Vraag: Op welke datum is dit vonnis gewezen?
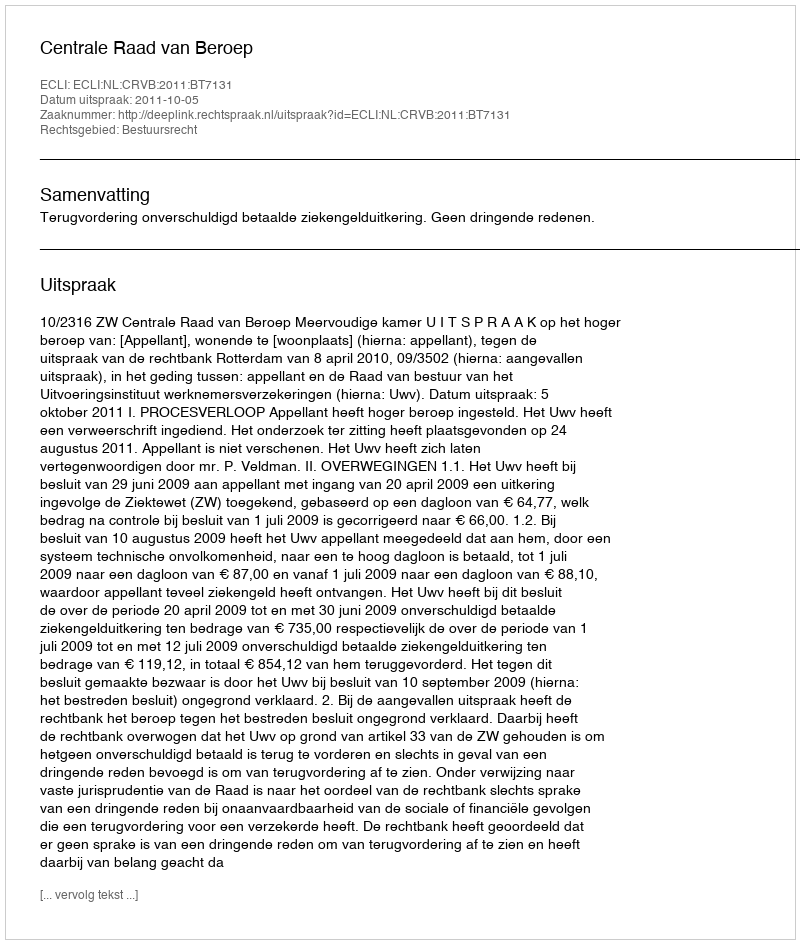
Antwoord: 2011-10-05